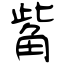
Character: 觜